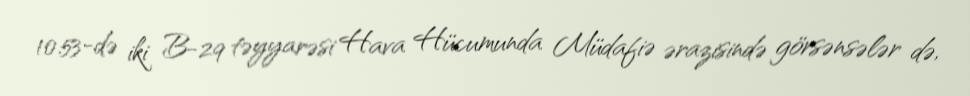
10:53-də iki B-29 təyyarəsi Hava Hücumunda Müdafiə ərazisində görsənsələr də,